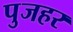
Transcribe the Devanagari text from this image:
पुजहर